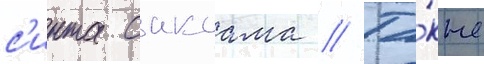
с'инта сакаама // Та́кже